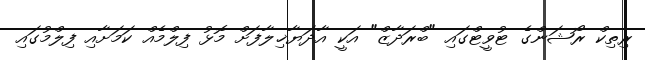
ރިތިކް ރޯޝަންގެ ޓުވީޓްގައި "ބްރަދާޒް" އަކީ އާދަޔާޚިލާފަށް މޮޅު ފިލްމެއް ކަމަށާއި ފިލްމުގައި